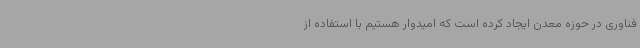
فناوری در حوزه معدن ایجاد کرده است که امیدوار هستیم با استفاده از